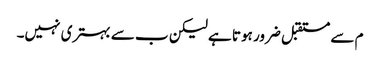
م سے مستقبل ضرور ہوتا ہے لیکن ب سے بہتری نہیں۔